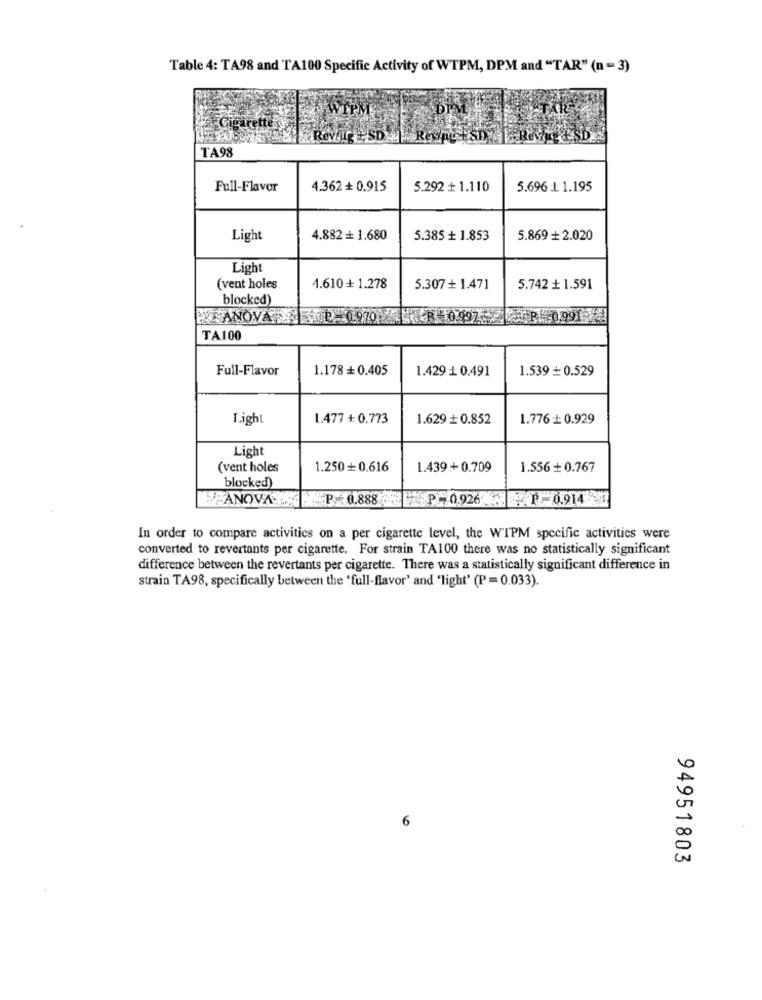
Table 4: TA98 and TA100 Specific Activity of WTPM, DPM and "TAR" (n - 3)
TAR
TA98
Full-Flavor
4.362 + 0.915
5.292 + 1.110
5.696 + 1.195
Light
4.882 = 1.680
5.385 + 1.853
5.869 + 2.020
Light
(vent holes
1.610 + 1.278
5.307 + 1.471
5.742 + 1.591
blocked)
PIANOVAD- 0970.
R 0.997 -0991
TA100
Full-Flavor
1.178 + 0.405
1.429 £ 0.491
1.539 = 0.529
Light
1.477 + 0.773
1.629 + 0.852
1.776 + 0.929
Light
(vent holes
1.250+ 0.616
1.439 + 0.709
1.556 + 0.767
blocked)
ANOVA ...
P. 0.888
PL 0.926 P-0.914
In order to compare activities on a per cigarette level, the WTPM specific activities were
converted to revertants per cigarette. For strain TA100 there was no statistically significant
difference between the revertants per cigarette. There was a statistically significant difference in
strain TA98, specifically between the 'full-flavor' and 'light' (P =0.033).
6
94951803